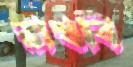
রাখবি